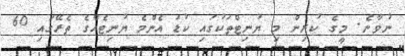
ނުވާނެ. މީގެ ކުރިން މި ޔުނިޓްތަކުގައި ކުޑަ އެންމެ ޔުނިޓެއްގެ ތެރޭގައި 60